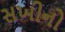
સખીનો